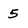
Character: 5